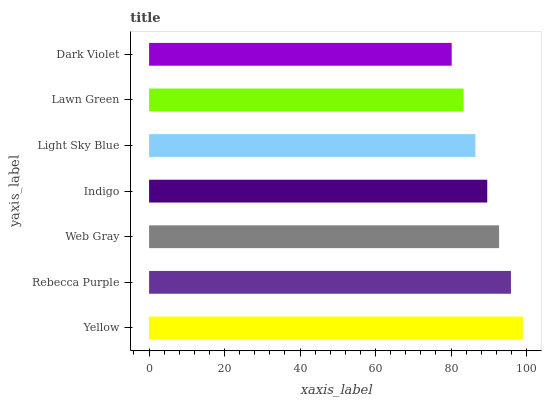
| yaxis_label | bars |
 | --- | --- |
 | Yellow | 99 |
 | Rebecca Purple | 95.9 |
 | Web Gray | 92.7 |
 | Indigo | 89.6 |
 | Light Sky Blue | 86.4 |
 | Lawn Green | 83.3 |
 | Dark Violet | 80.2 |